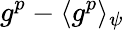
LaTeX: g^{p}-\langle g^{p}\rangle_{\psi}